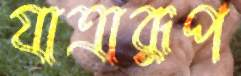
যাত্রারূপ